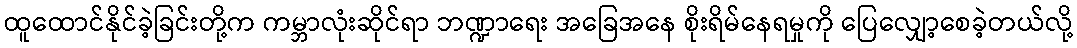
ထူထောင်နိုင်ခဲ့ခြင်းတို့က ကမ္ဘာလုံးဆိုင်ရာ ဘဏ္ဍာရေး အခြေအနေ စိုးရိမ်နေရမှုကို ပြေလျှော့စေခဲ့တယ်လို့